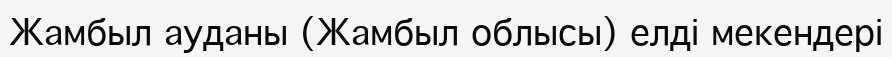
Жамбыл ауданы (Жамбыл облысы) елді мекендері